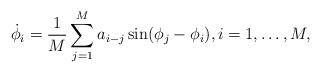
LaTeX: \begin{align*}\dot\phi_i = \frac 1M \sum_{j=1}^M a_{i-j} \sin(\phi_j-\phi_i),i=1,\dots,M,\end{align*}